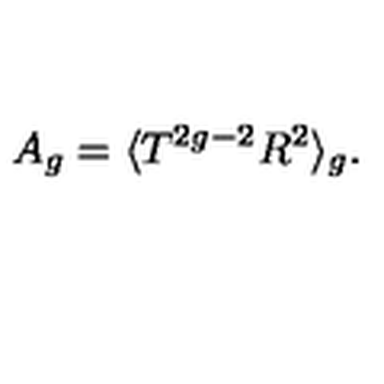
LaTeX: A _ { g } = \langle T ^ { 2 g - 2 } R ^ { 2 } \rangle _ { g } { } .